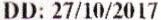
DD: 27/10/2017